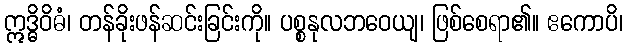
ဣဒ္ဓိဝိဓံ၊ တန်ခိုးဖန်ဆင်းခြင်းကို။ ပစ္စနုလဘဝေယျ၊ ဖြစ်စေရာ၏။ ဧကောပိ၊